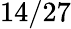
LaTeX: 14/27